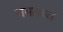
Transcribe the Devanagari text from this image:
गनतब्य